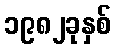
၁၉၈၂ခုနှစ်